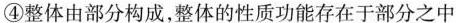
④整体由部分构成，整体的性质功能存在于部分之中